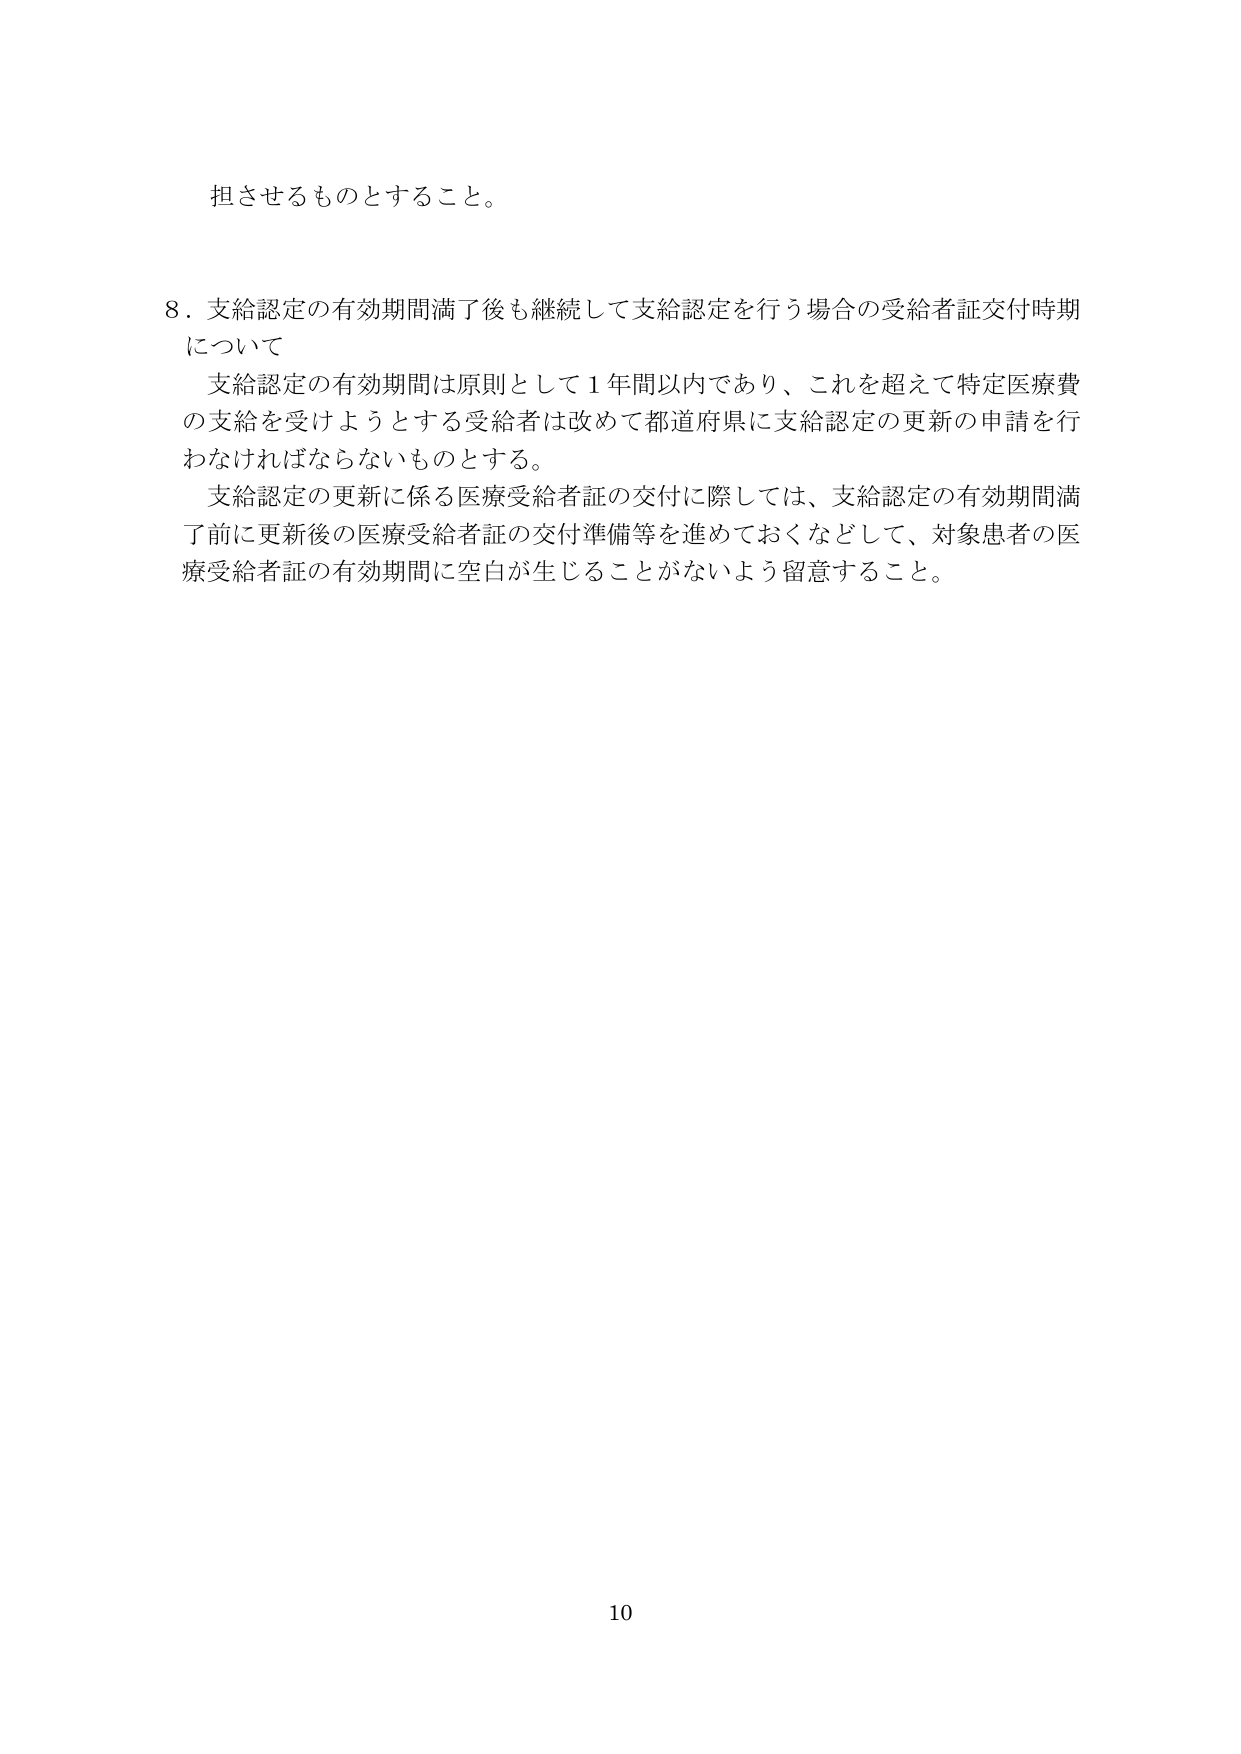
担させるものとすること。

8．支給認定の有効期間満了後も継続して支給認定を行う場合の受給者証交付時期について
支給認定の有効期間は原則として１年間以内であり、これを超えて特定医療費の支給を受けようとする受給者は改めて都道府県に支給認定の更新の申請を行わなければならないものとする。
支給認定の更新に係る医療受給者証の交付に際しては、支給認定の有効期間満了前に更新後の医療受給者証の交付準備等を進めておくなどして、対象患者の医療受給者証の有効期間に空白が生じることがないよう留意すること。

10